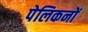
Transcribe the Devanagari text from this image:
पेलिकनों